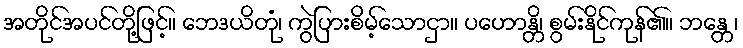
အတိုင်အပင်တို့ဖြင့်။ ဘေဒယိတုံ၊ ကွဲပြားစိမ့်သောငှာ။ ပဟောန္တိ၊ စွမ်းနိုင်ကုန်၏။ ဘန္တေ၊